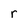
Character: r